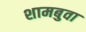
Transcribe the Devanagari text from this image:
शामबुवा